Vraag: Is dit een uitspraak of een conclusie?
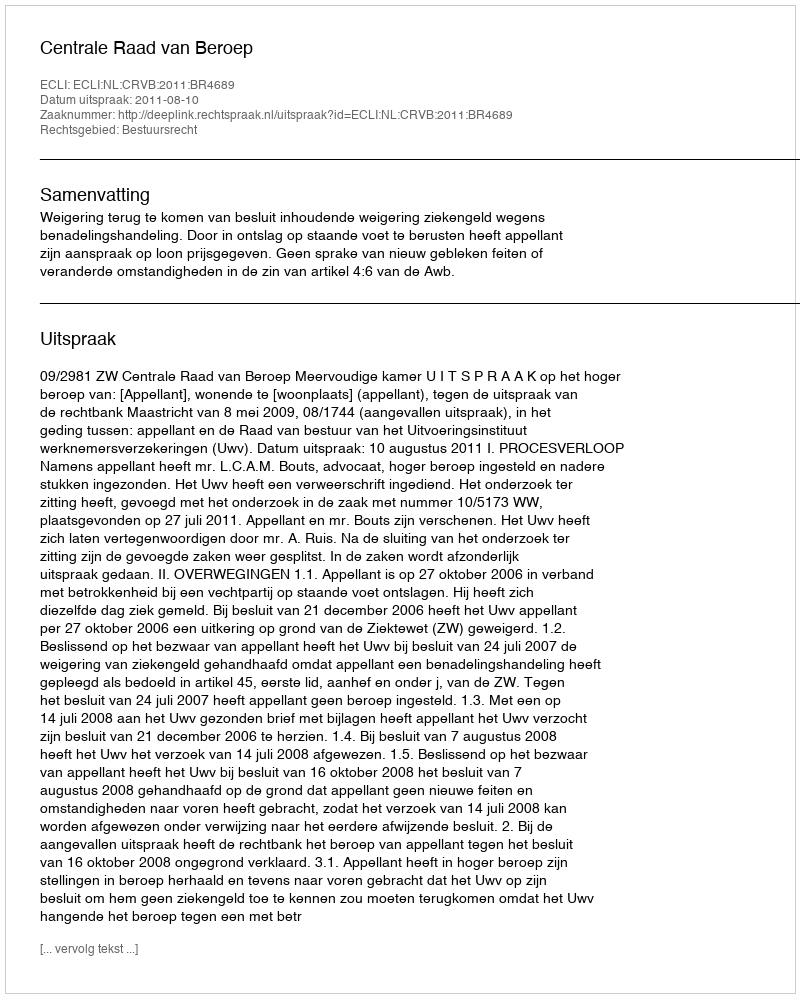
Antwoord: Uitspraak